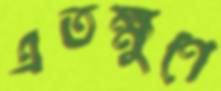
এতক্ষুণে